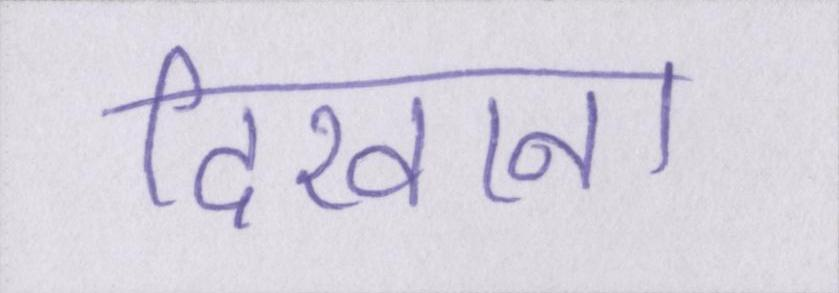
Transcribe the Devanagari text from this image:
दिखाना